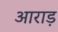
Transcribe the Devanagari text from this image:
आराड़